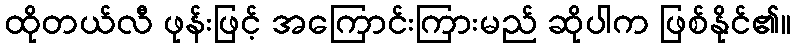
ထိုတယ်လီ ဖုန်းဖြင့် အကြောင်းကြားမည် ဆိုပါက ဖြစ်နိုင်၏။